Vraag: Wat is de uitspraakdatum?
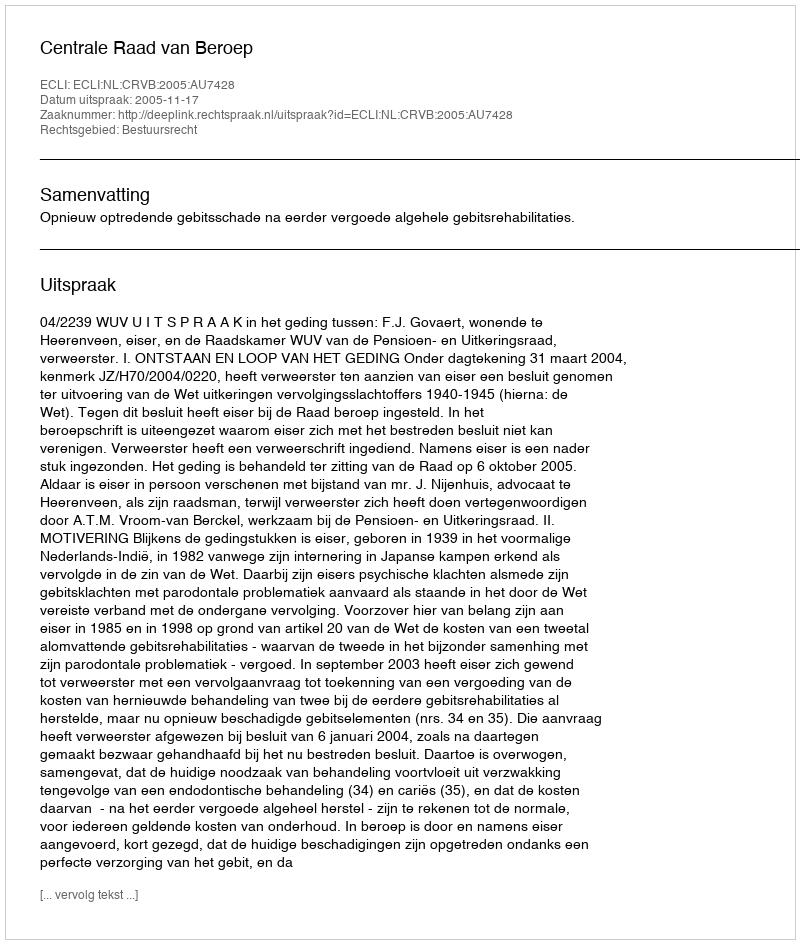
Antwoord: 2005-11-17